Scottish Leaving Certificate Examination, 1957
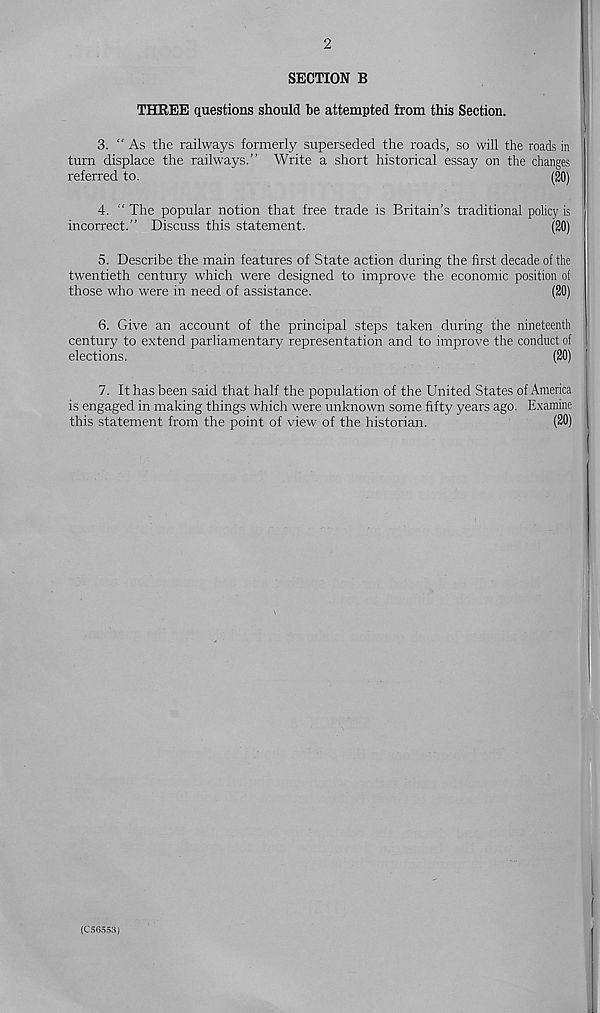
2
SECTION B
THREE questions should be attempted from this Section.
3. “As the railways formerly superseded the roads, so will the roads in
turn displace the railways.” Write a short historical essay on the changes
referred to.
(20)
4. “ The popular notion that free trade is Britain’s traditional policy is
incorrect.” Discuss this statement.
(20)
5. Describe the main features of State action during the first decade of the
twentieth century which were designed to improve the economic position of
those who were in need of assistance.
(20)
6. Give an account of the principal steps taken during the nineteenth
century to extend parliamentary representation and to improve the conduct of
elections.
(20)
7. It has been said that half the population of the United States of America
is engaged in making things which were unknown some fifty years ago. Examine
this statement from the point of view of the historian.
(20)
(C56553)